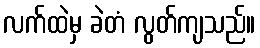
လက်ထဲမှ ခဲတံ လွတ်ကျသည်။